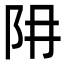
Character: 𨸨